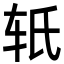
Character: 𬨂